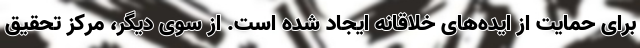
برای حمایت از ایده‌های خلاقانه ایجاد شده است. از سوی دیگر، مرکز تحقیق